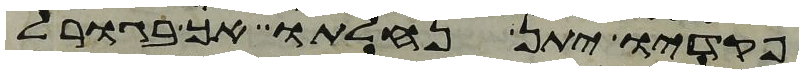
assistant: פקדיו יתן נחלתו אך בגורל